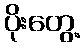
ပိုးတွေ့